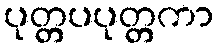
ပုတ္တပပုတ္တကာ